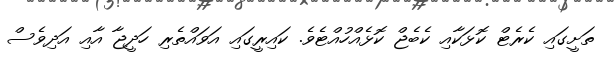
ތަށީގައި ކެރެޓް ކޮޅަކާއި ކެބެޖް ކޮޅެއްހުއްޓެވެ. ކައިރީގައި އަވައްތެރި ހަދީޖާ އާއި އަދިވެސް